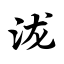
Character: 泷